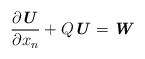
LaTeX: \begin{align*} \frac{\partial \textbf{\textit{U}}}{\partial x_n} + Q\textbf{\textit{U}}=\textbf{\textit{W}} \end{align*}